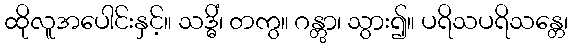
ထိုလူအပေါင်းနှင့်။ သဒ္ဓိံ၊ တကွ။ ဂန္တွာ၊ သွား၍။ ပရိသပရိသန္တေ၊